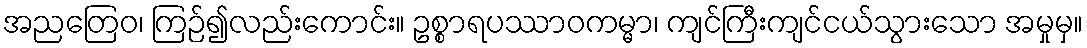
အညတြေဝ၊ ကြဉ်၍လည်းကောင်း။ ဥစ္စာရပဿာဝကမ္မာ၊ ကျင်ကြီးကျင်ငယ်သွားသော အမှုမှ။